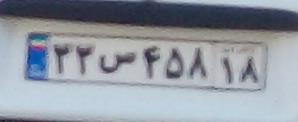
۲۲س۴۵۸۱۸